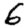
Digit: 6